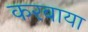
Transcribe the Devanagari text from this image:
करबाया